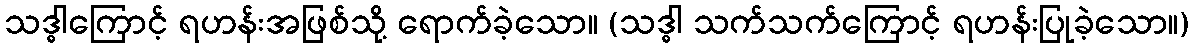
သဒ္ဓါကြောင့် ရဟန်းအဖြစ်သို့ ရောက်ခဲ့သော။ (သဒ္ဓါ သက်သက်ကြောင့် ရဟန်းပြုခဲ့သော။)